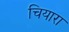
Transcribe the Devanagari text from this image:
चियारा